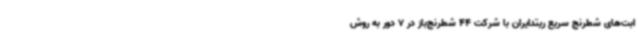
ابت‌های شطرنج سریع ریتدایران با شرکت 44 شطرنج‌باز در 7 دور به روش